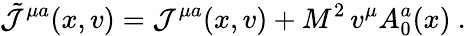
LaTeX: {\tilde{\cal J}}^{\mu a}(x,v)={\cal J}^{\mu a}(x,v)+M^{2}\, v^{\mu}A_{0}^{a}(x)\ .